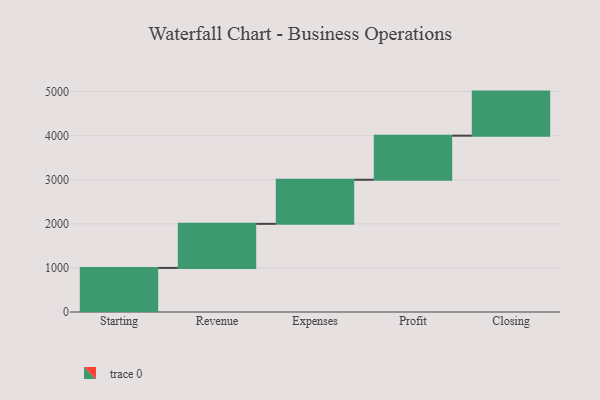
{"axis": {"x": "Step", "y": "Value"}, "legend": [""], "data": [{"x": "Starting", "y": 1000, "type": ""}, {"x": "Revenue", "y": 1000, "type": ""}, {"x": "Expenses", "y": 1000, "type": ""}, {"x": "Profit", "y": 1000, "type": ""}, {"x": "Closing", "y": 1000, "type": ""}]}